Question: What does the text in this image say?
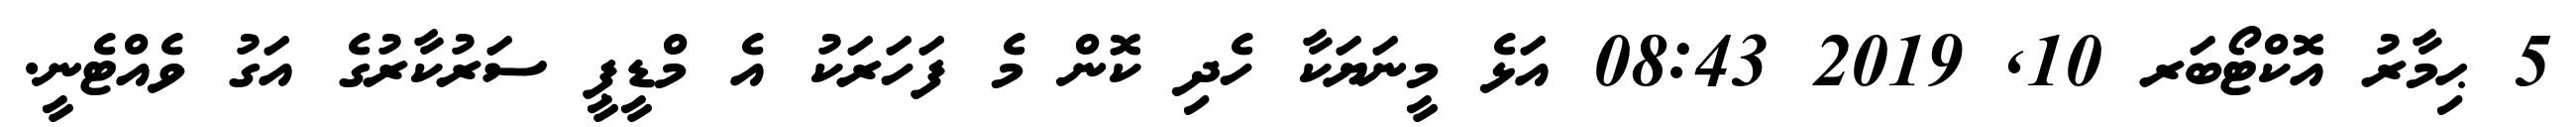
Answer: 5 ޙިމާރު އޮކްޓޯބަރ 10, 2019 08:43 އަޅެ މީނަޔަކާ ހެދި ކޮން މެ ފަހަރަކު އެ މްޑީޕީ ސަރުކާރުގެ އަގު ވެއްޓެނީ.